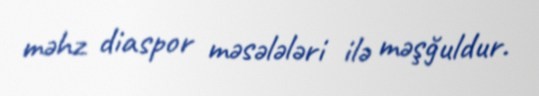
məhz diaspor məsələləri ilə məşğuldur.